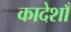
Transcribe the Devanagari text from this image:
कादेशाँ